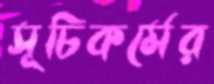
সূচিকর্মের